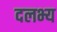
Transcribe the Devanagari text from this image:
दलभ्य